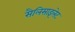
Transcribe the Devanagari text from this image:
सैलिसाइलेट